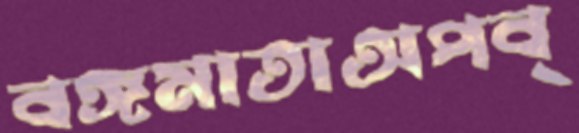
বঙ্গমাতাঅপব্